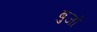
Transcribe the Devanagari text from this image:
बुजों